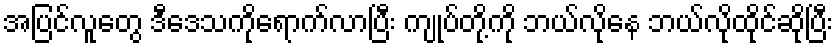
အပြင်လူတွေ ဒီဒေသကိုရောက်လာပြီး ကျုပ်တို့ကို ဘယ်လိုနေ ဘယ်လိုထိုင်ဆိုပြီး